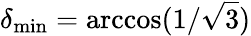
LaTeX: \delta_{\mathrm{min}}=\operatorname{arccos}(1/\sqrt{3})